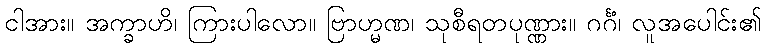
ငါအား။ အက္ခာဟိ၊ ကြားပါလော။ ဗြာဟ္မဏ၊ သုစီရတပုဏ္ဏား။ ဂင်္ဂံ၊ လူအပေါင်း၏